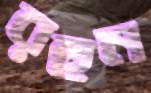
রহুন